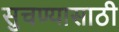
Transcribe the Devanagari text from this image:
सुचण्यासाठी